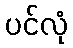
ပင်လုံ